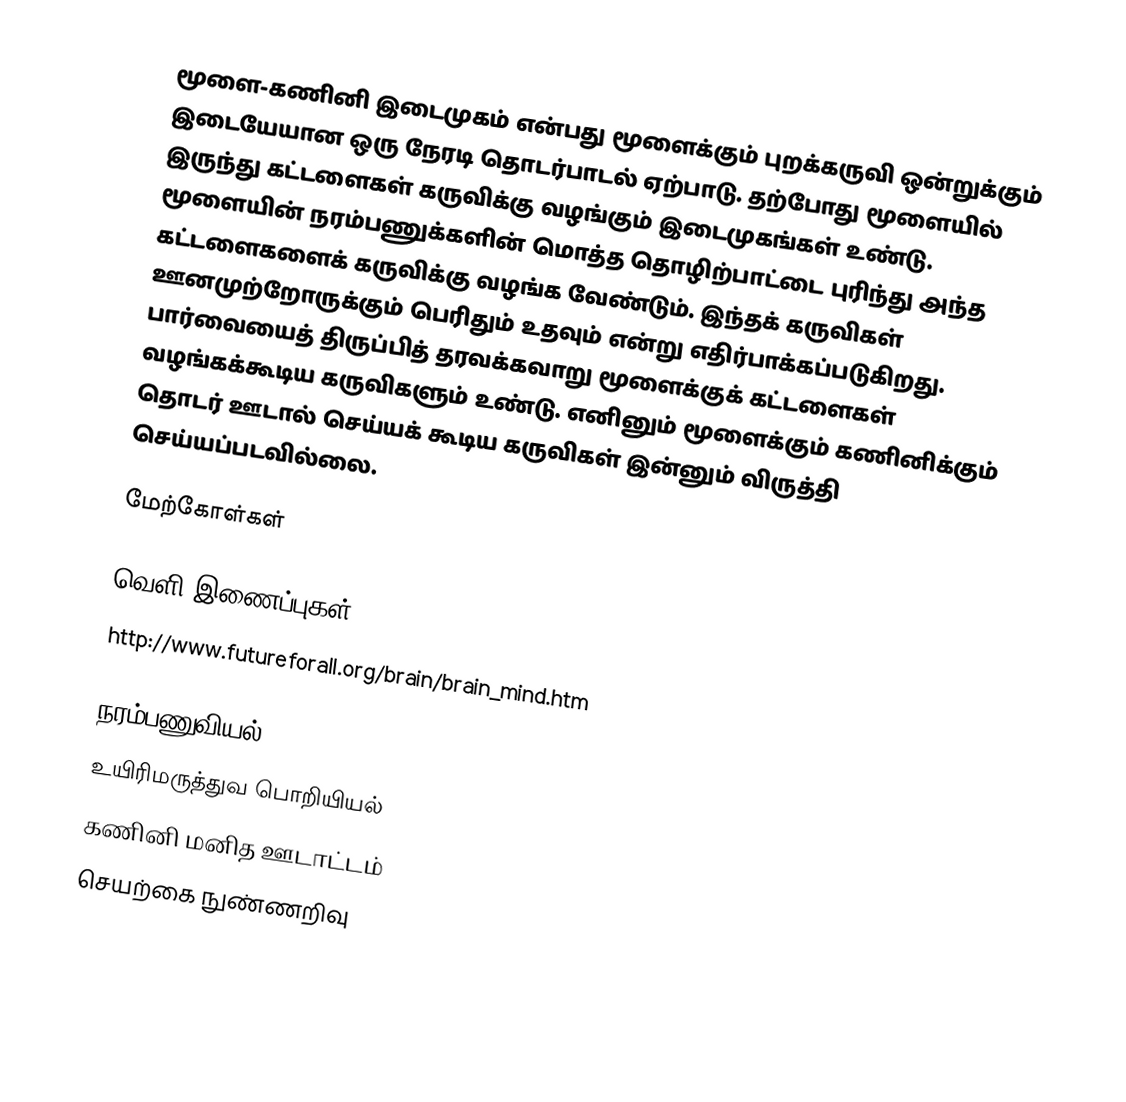
மூளை-கணினி இடைமுகம் என்பது மூளைக்கும் புறக்கருவி ஒன்றுக்கும் இடையேயான ஒரு நேரடி தொடர்பாடல் ஏற்பாடு.  தற்போது மூளையில் இருந்து கட்டளைகள் கருவிக்கு வழங்கும் இடைமுகங்கள் உண்டு.  மூளையின் நரம்பணுக்களின் மொத்த தொழிற்பாட்டை புரிந்து அந்த கட்டளைகளைக் கருவிக்கு வழங்க வேண்டும்.  இந்தக் கருவிகள் ஊனமுற்றோருக்கும் பெரிதும் உதவும் என்று எதிர்பாக்கப்படுகிறது.  பார்வையைத் திருப்பித் தரவக்கவாறு மூளைக்குக் கட்டளைகள் வழங்கக்கூடிய கருவிகளும் உண்டு.  எனினும் மூளைக்கும் கணினிக்கும் தொடர் ஊடால் செய்யக் கூடிய கருவிகள் இன்னும் விருத்தி செய்யப்படவில்லை.

மேற்கோள்கள்

வெளி இணைப்புகள்
 http://www.futureforall.org/brain/brain_mind.htm

நரம்பணுவியல்
உயிரிமருத்துவ பொறியியல்
கணினி மனித ஊடாட்டம்
செயற்கை நுண்ணறிவு